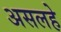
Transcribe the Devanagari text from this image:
असलहे